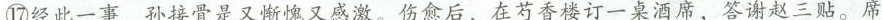
⑰经此一事，孙接骨是又惭愧又感激。伤愈后，在芍香楼订一桌酒席，答谢赵三贴。席